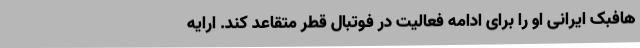
هافبک ایرانی او را برای ادامه فعالیت در فوتبال قطر متقاعد کند. ارایه